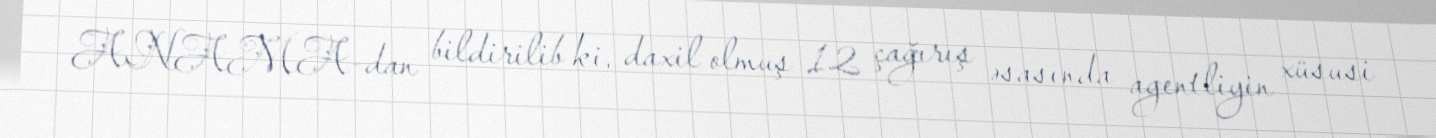
ANAMA-dan bildirilib ki, daxil olmuş 12 çağırış əsasında agentliyin xüsusi